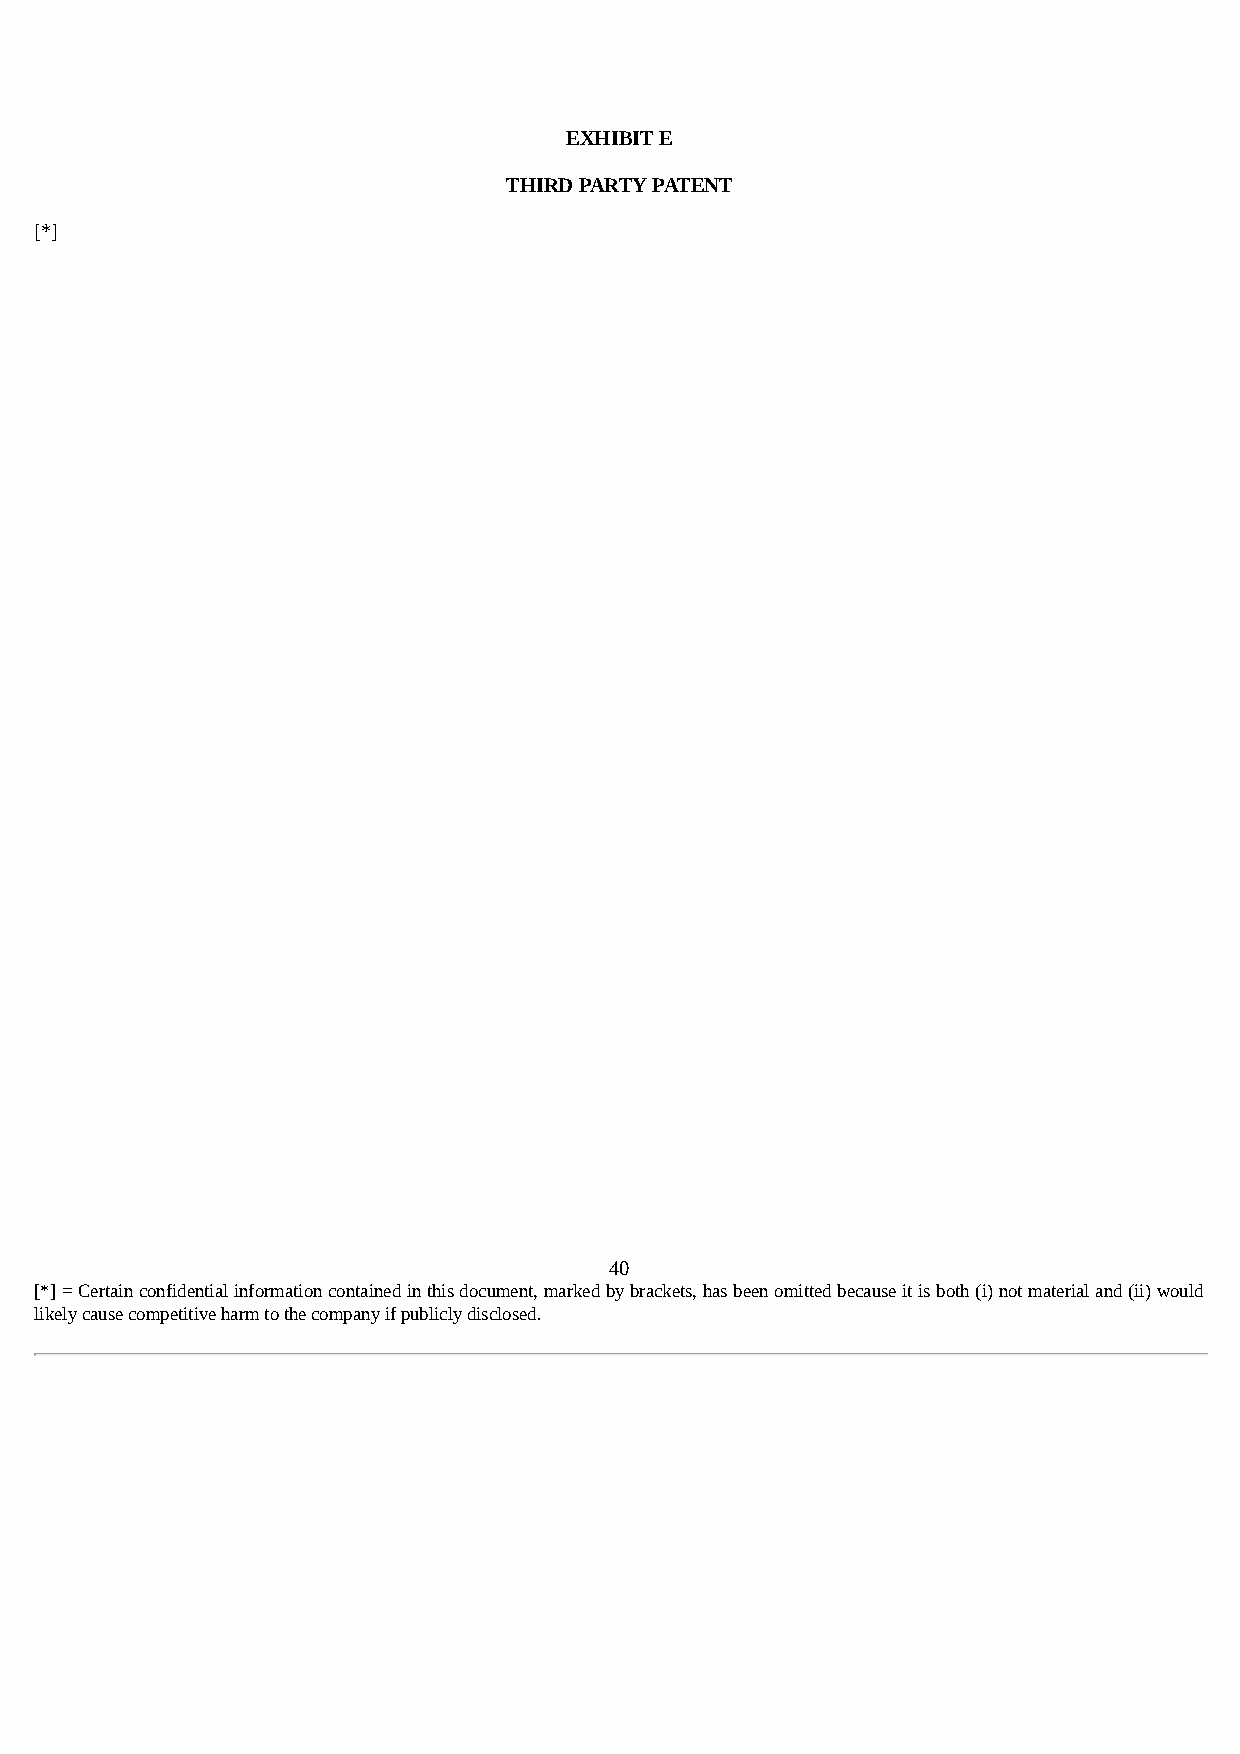
EXHIBIT E
 THIRD PARTY PATENT
 [*]
 40
 [*] = Certain confidential information contained in this document, marked by brackets, has been omitted because it is both (i) not material and (ii) would
 likely cause competitive harm to the company if publicly disclosed.